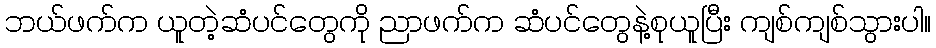
ဘယ်ဖက်က ယူတဲ့ဆံပင်တွေကို ညာဖက်က ဆံပင်တွေနဲ့စုယူပြီး ကျစ်ကျစ်သွားပါ။